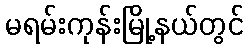
မရမ်းကုန်းမြို့နယ်တွင်